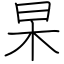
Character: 杲